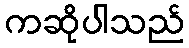
ကဆိုပါသည်